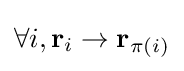
\forall i,\mathbf {r} _{i}\rightarrow \mathbf {r} _{\pi (i)}